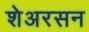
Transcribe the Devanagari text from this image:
शेअरसन